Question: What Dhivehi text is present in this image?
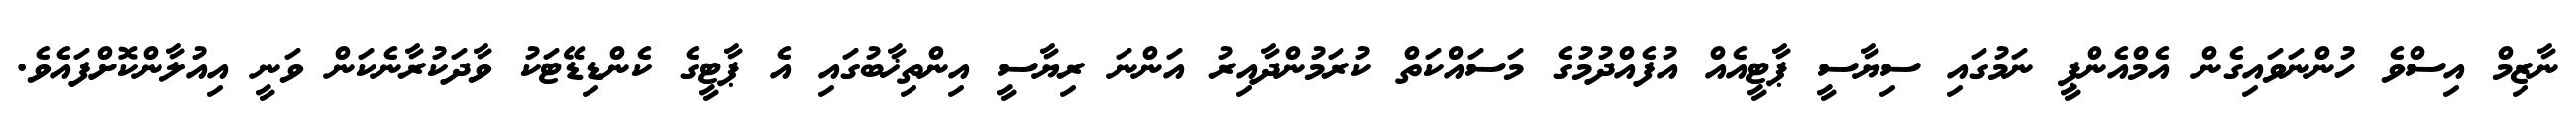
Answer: ނާޒިމް އިސްވެ ހުންނަވައިގެން އެމްއެންޕީ ނަމުގައި ސިޔާސީ ޕާޓީއެއް އުފެއްދުމުގެ މަސައްކަތް ކުރަމުންދާއިރު އަންނަ ރިޔާސީ އިންތިޚާބުގައި އެ ޕާޓީގެ ކެންޑިޑޭޓަކު ވާދަކުރާނެކަން ވަނީ އިއުލާންކޮށްފައެވެ.